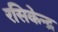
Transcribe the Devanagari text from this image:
रसिकेन्द्र